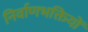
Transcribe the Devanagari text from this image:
निर्वाणभक्तियों